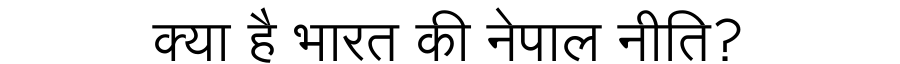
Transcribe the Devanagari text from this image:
क्या है भारत की नेपाल नीति?